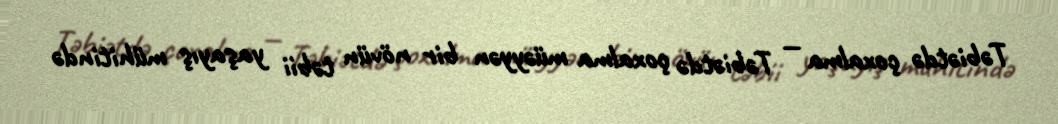
Təbiətdə çoxalma — Təbiətdə çoxalma müəyyən bir növün təbii yaşayış mühitində